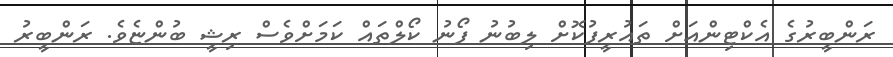
ރަންބީރުގެ އެކްޓިންއަށް ތައުރީފުކޮށް ލިބުނު ފޯނު ކޯލްތައް ކަމަށްވެސް ރިޝީ ބުންޏެވެ. ރަންބީރު